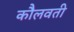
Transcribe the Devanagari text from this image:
कौलवती